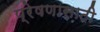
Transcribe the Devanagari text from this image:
प्रेषणासाठी